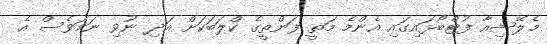
މެލޭޝިއާ ފުޓްބޯޅައިގައި އެންމެ މަތީ ފަންތީގެ ކްލަބަކަށް އަދި ނުވި ނަމަވެސް އެ